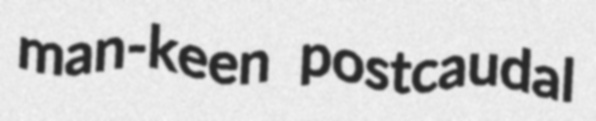
man-keen postcaudal